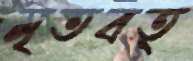
মৃতবত্